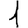
Digit: 1